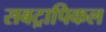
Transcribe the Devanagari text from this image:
सबट्रापिकल